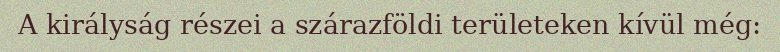
A királyság részei a szárazföldi területeken kívül még: